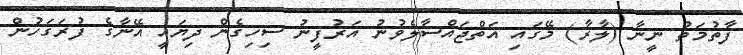
ފާތުމަތު ނީނާ (ލާރާ) މޭގައި އަތްޖައްސާލެވުނު އަރުފީނު ސިހިގެން ދިޔައީ އޭނާގެ ފުރަގަހުން